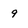
Character: 9